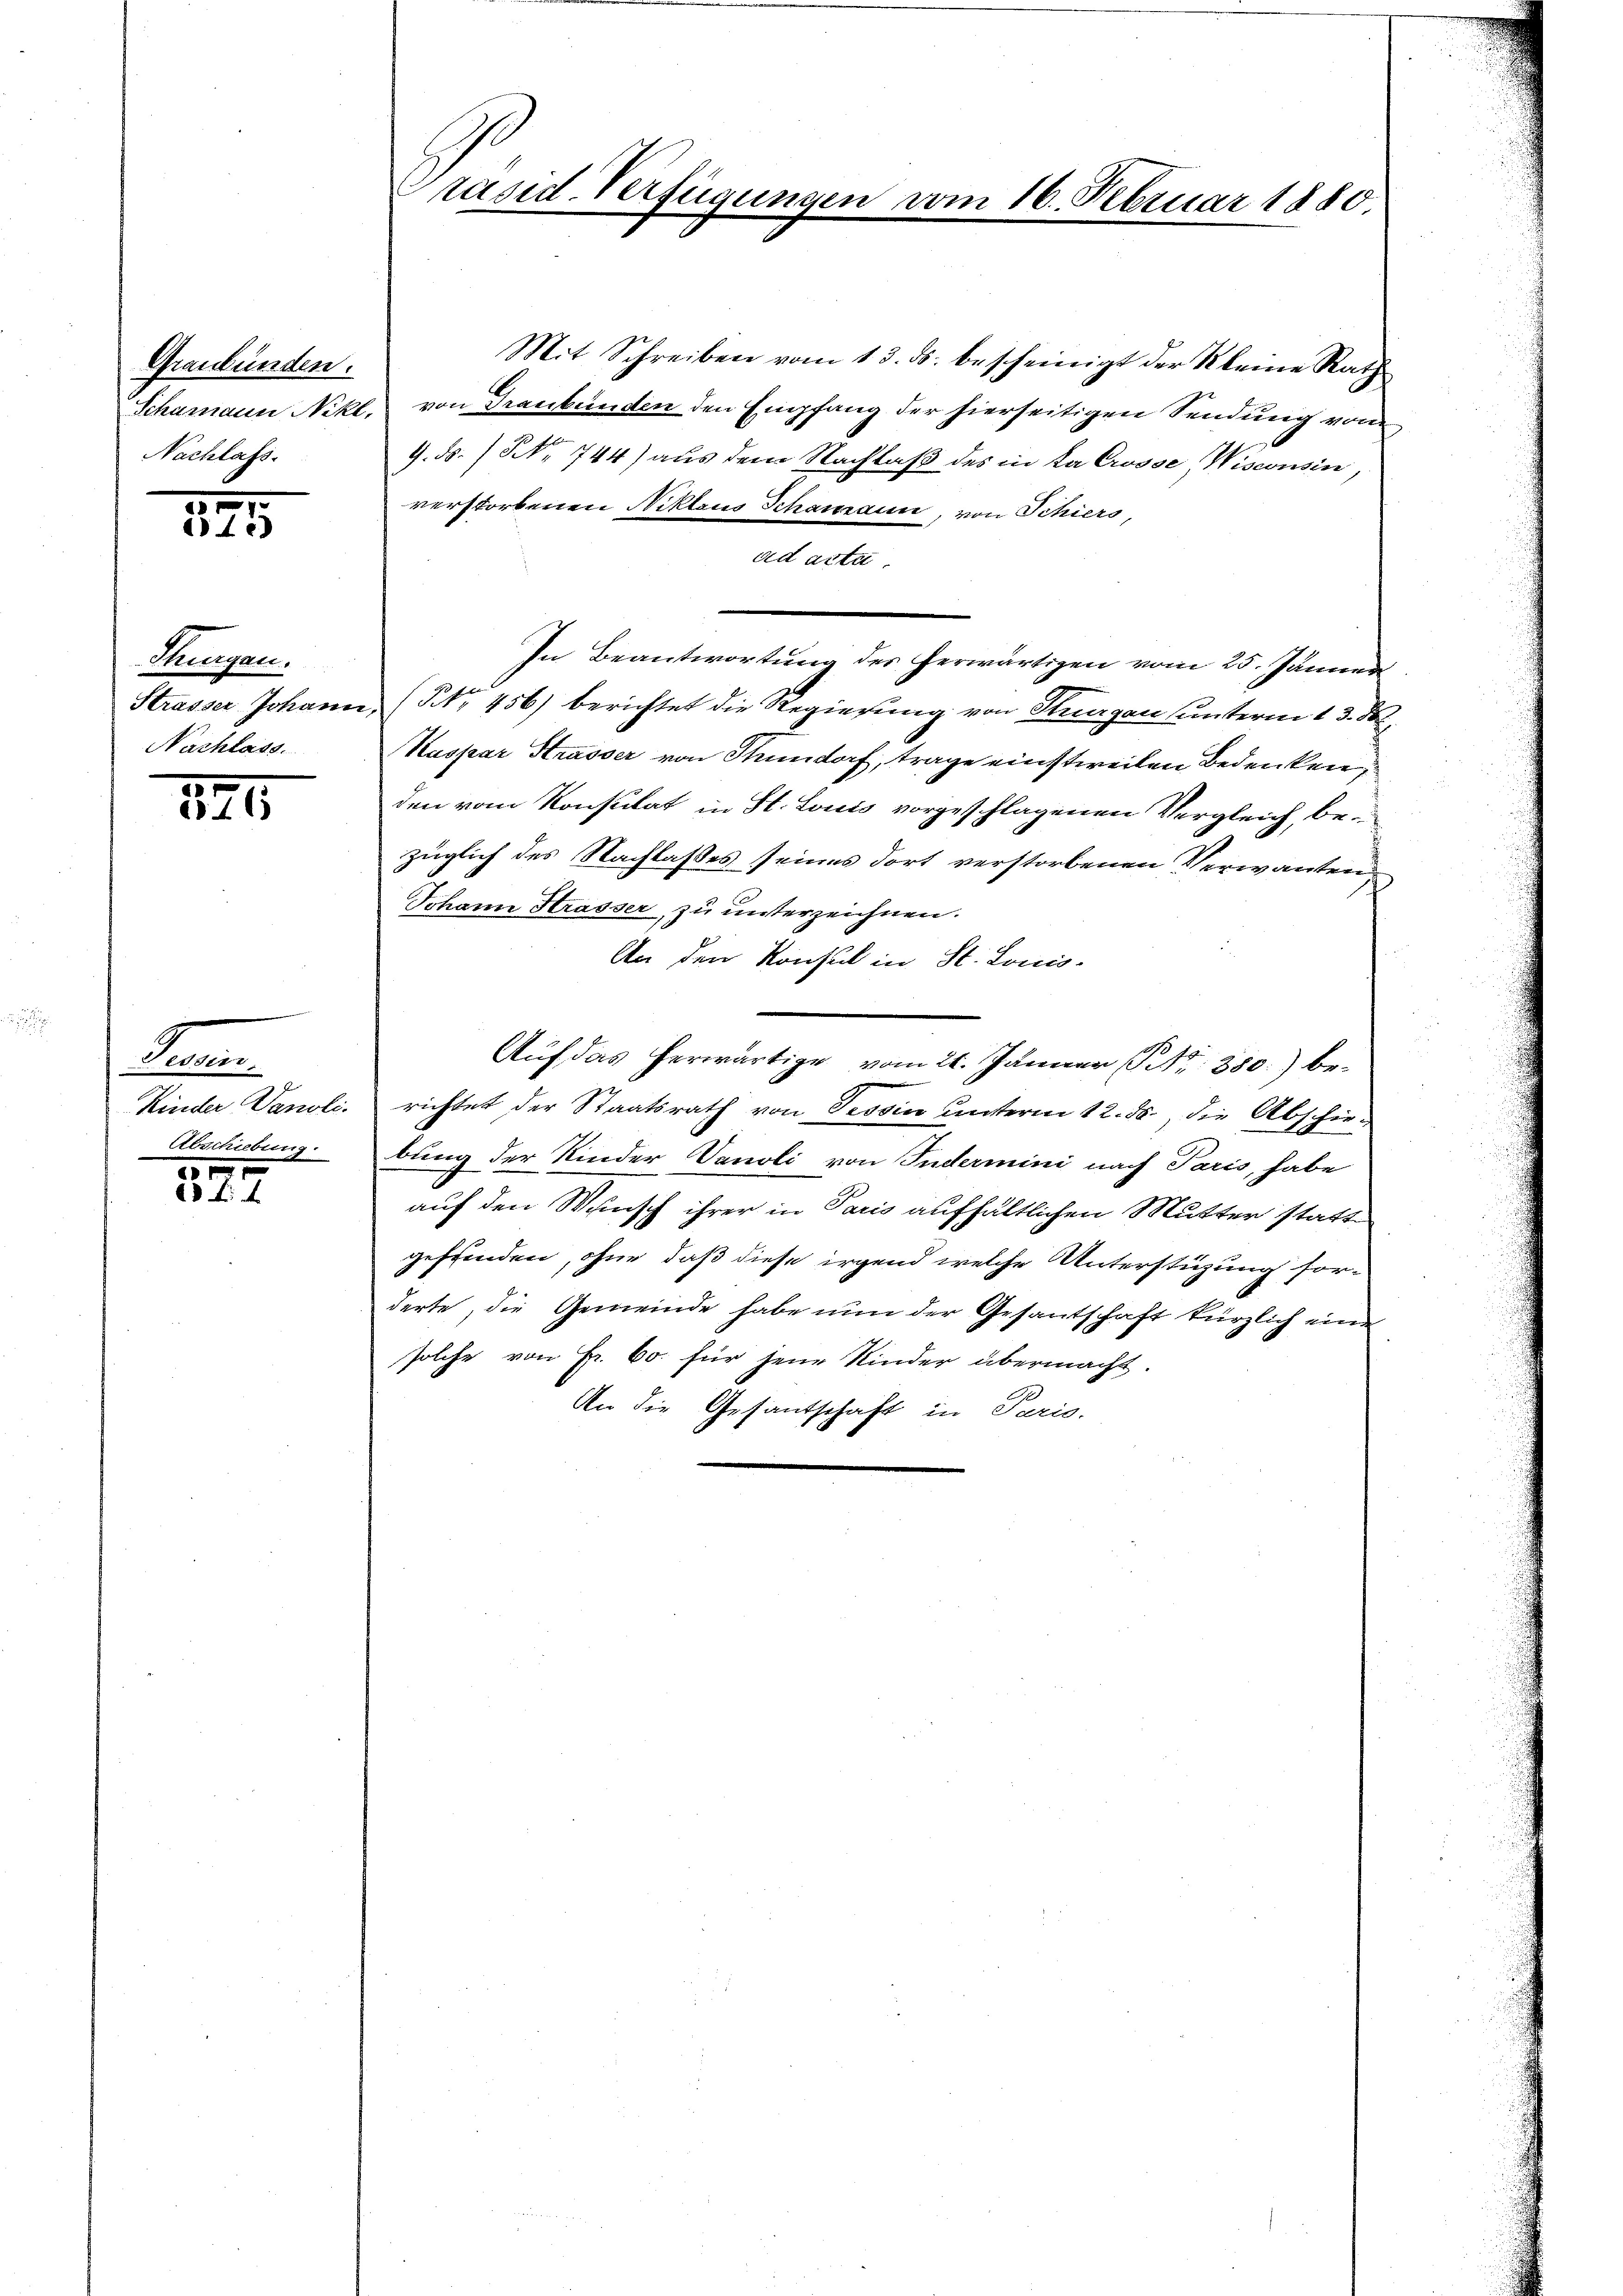
Graubünden.
Schamann Nikl.
Nachlass.

171

Flurgen.
Strasser Johann
Nachlass

875

Fo
Kinder Danoli.
Abschiebung
5

21. d.

Präsid. Verfügungen

vom 16. Februar 1880

Mit Schreiben vom 13. ds. bescheinigt der Kleine Rath
von Graubünden den Empfang der hierseitigen Sendung von
9. ds. / NNo. 744) aus dem Nachlaß des in da Crosse Wisconsin
verstorbenen Niklaus Schamann, von Schiers,
ad acta.
In Beantwortung des herwärtigen vom 25. Jänner
(S. 456) berichtet die Regierung von Thurgau unterm 13. d.
Kaspar Strasser von Tundorf, trage einstweilen Bedenken,
den vom Konsulat in St. Louis vorgeschlagenen Vergleich, bezüglich des Nachlasses seines dort verstorbenen Verwarten
Johann Krasser, zu unterzeichnen.
An den Konsul in St. Louis-
Auf das herwärtige vom 26. Jänner S. 380.) berichtet der Staatsrath von Tessin unterm 12. ds., die Abschiebung der Kinder Vanoli von Indermini nach Paris, habe
auf den Wunsch ihrer in Paris aufhältlichen Mutter statte
geffenden, ohne daß diese irgend welche Unterstüzung sorderte, die Gemeinde habe nun der Gesantschaft kürzlich eine
solche von Fr. 60. für jene Kinder übermacht.
An die Gesantschaft in Paris.